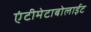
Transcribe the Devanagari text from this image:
एंटीमेटाबोलाईट